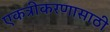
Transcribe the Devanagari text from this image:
एकत्रीकरणासाठी